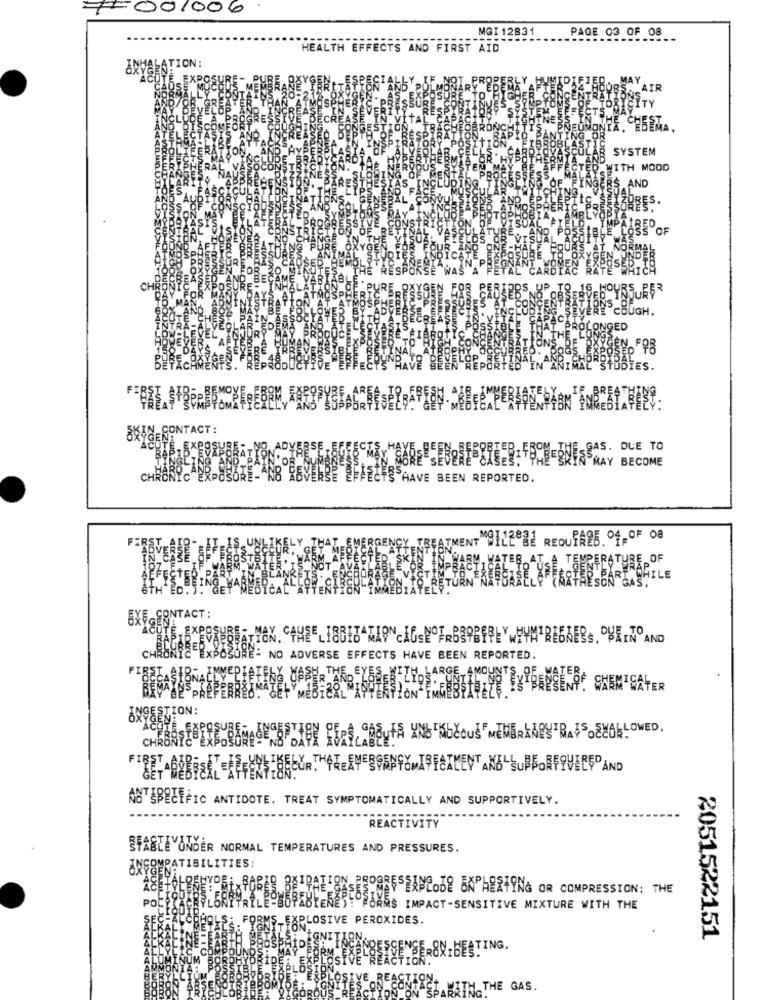
7001006
MGI 12831
PAGE 03 OF 08
HEALTH EFFECTS AND FIRST AID
TION:
SEBEMA.
SYSTEM
WITH MOOD
AND
BES
OF
JUDOD
16_H
CHUGH,
OLONGED
LOWLLU
IES.
NTACT:
BLBEONE- GAS. DUE TO
ER MAY BECOME
CH
HAVE BEEN REPORTED.
TMENT GILERBE REQUTAB. Of- OF 08
GERERATURE. OF
WHILE
BYE CONTACT:
UTE EXPOSU
ŘÁŘI
: NO ADVERSE EFFECTS HAVE BEEN REPORTED.
NAEKME
THE EYES HIZEO
LARGE AMOUNTS, OF WATER
BETHANY ISTBERGENS! SHEMISATER
ASTSPECIFIC ANTIDOTE. TREAT SYMPTOMATICALLY AND SUPPORTIVELY.
REACTIVITY
STASELYUNDER NORMAL TEMPERATURES AND PRESSURES.
ANÇOWRATIBILITIES:
PROG
EANCODE BNPHERTING OR COMPRESSION; THE
MS IMPACT-SENSITIVE MIXTURE WITH THE
XPLOSIVE PEROXIDES.
2051522151
-REACTION.
PARATH THE GAS.